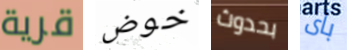
قرية خوض بحدوث بأى